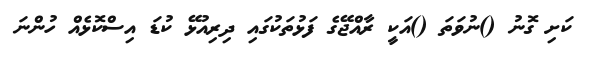
ކަށި ގޮނު ()ނުވަތަ ()އަކީ ރާއްޖޭގެ ފަޅުތަކުގައި ދިރިއުޅޭ ކުޑަ އިސްކޮޅެއް ހުންނަ